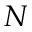
N